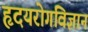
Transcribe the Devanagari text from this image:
हृदयरोगविज्ञान